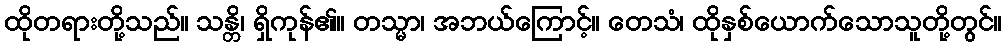
ထိုတရားတို့သည်။ သန္တိ၊ ရှိကုန်၏။ တသ္မာ၊ အဘယ်ကြောင့်။ တေသံ၊ ထိုနှစ်ယောက်သောသူတို့တွင်။